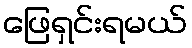
ဖြေရှင်းရမယ်